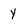
Character: y